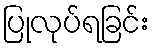
ပြုလုပ်ရခြင်း